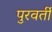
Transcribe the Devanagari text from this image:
पुरवर्ती